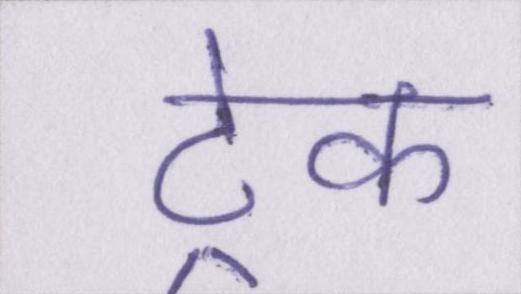
ट्रेक